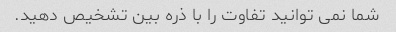
شما نمی توانید تفاوت را با ذره بین تشخیص دهید.